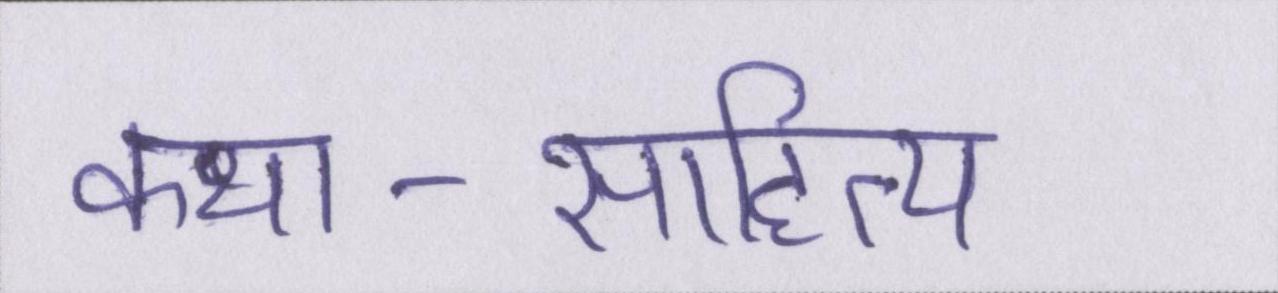
कथा-साहित्य